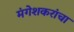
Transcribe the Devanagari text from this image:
मंगेशकरांचा